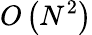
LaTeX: O\left(N^{2}\right)